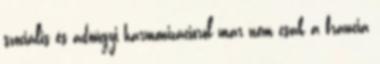
szociális és adóügyi harmonizációról már nem csak a francia